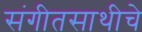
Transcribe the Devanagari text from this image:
संगीतसाथीचे